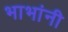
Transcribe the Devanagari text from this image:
भाभांनी